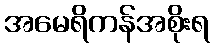
အမေရိကန်အစိုးရ